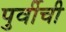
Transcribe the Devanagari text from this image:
पुर्वीची